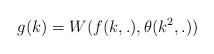
LaTeX: \begin{align*}g(k) = W(f(k,.),\theta(k^2,.))\end{align*}